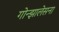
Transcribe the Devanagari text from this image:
गोन्झालेसना